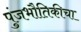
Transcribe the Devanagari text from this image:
पुंजभौतिकीचा